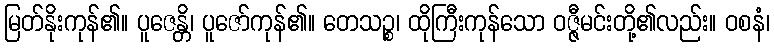
မြတ်နိုးကုန်၏။ ပူဇေန္တိ၊ ပူဇော်ကုန်၏။ တေသဉ္စ၊ ထိုကြီးကုန်သော ဝဇ္ဇီမင်းတို့၏လည်း။ ဝစနံ၊